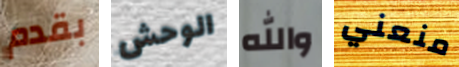
بقدم الوحش والله منعني